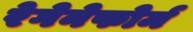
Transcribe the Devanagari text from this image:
रेगेनेफोर्म